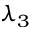
\lambda _ { 3 }